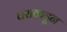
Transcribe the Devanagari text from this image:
वराकडून